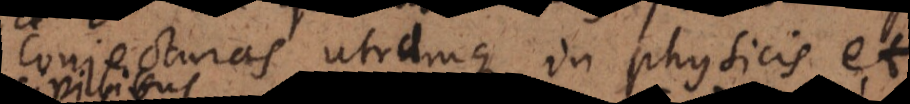
conjecturas utramque in physicis et